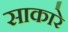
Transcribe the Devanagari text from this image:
साकारे